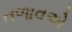
તળાવએ